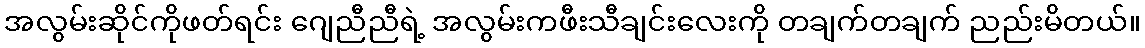
အလွမ်းဆိုင်ကိုဖတ်ရင်း ဂျေညီညီရဲ့ အလွမ်းကဖီးသီချင်းလေးကို တချက်တချက် ညည်းမိတယ်။